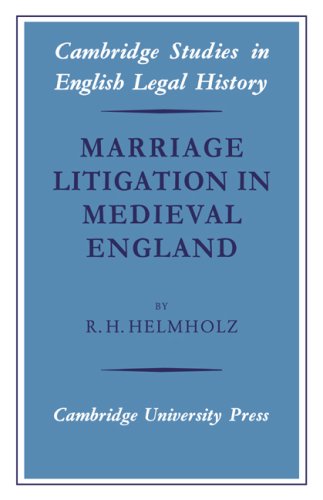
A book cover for Marriage Litigation in Medieval England (Cambridge Studies in English Legal History); R. H. Helmholz; Law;